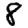
Digit: 8